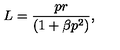
L = \frac { p r } { ( 1 + \beta p ^ { 2 } ) } ,